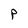
Character: P